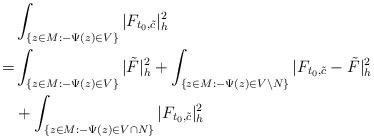
LaTeX: \begin{align*}&\int_{ \{z\in M:-\Psi(z)\in V\}}|F_{t_0,\tilde{c}}|^2_h\\= & \int_{\{z\in M:-\Psi(z)\in V\}}|\tilde F|^2_h+\int_{\{z\in M:-\Psi(z)\in V\backslash N\}}|F_{t_0,\tilde{c}}-\tilde F|^2_h\\&+\int_{ \{z\in M: -\Psi(z)\in V\cap N\}}|F_{t_0,\tilde{c}}|^2_h\end{align*}